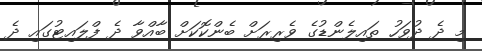
މި ދެ ދުވަހު ތައިލެންޑުގެ ވެރިރަށް ބެންކޮކަށް ބާއްވާ ދެ ފްލައިޓުގައި ދެ